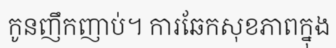
កូនញឹកញាប់។ ការឆែកសុខភាពក្នុង